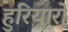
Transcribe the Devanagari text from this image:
हुरियारों